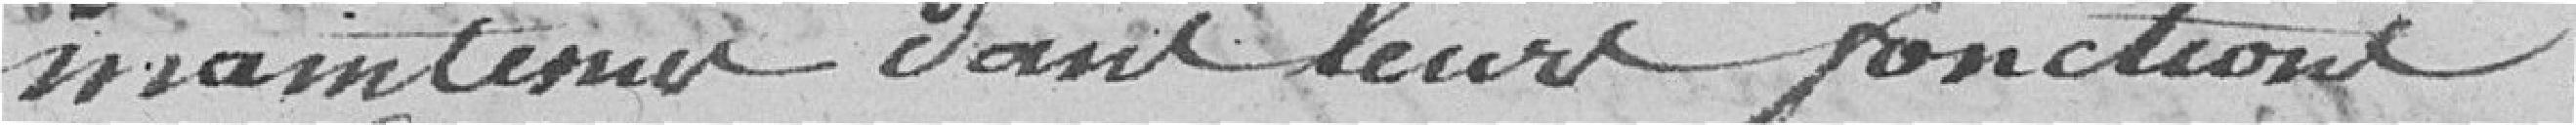
maintenus dans leurs fonctions.